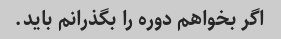
اگر بخواهم دوره را بگذرانم باید.